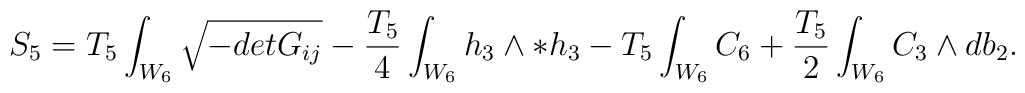
S_5=T_5\int_{W_6}\sqrt{-det G_{ij}}-{T_5\over 4}\int_{W_6}h_3\wedge  *h_3 - T_5\int_{W_6}C_6+{T_5\over 2}\int_{W_6}C_3\wedge db_2.